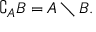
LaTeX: \complement _ { A } B = A \setminus B .